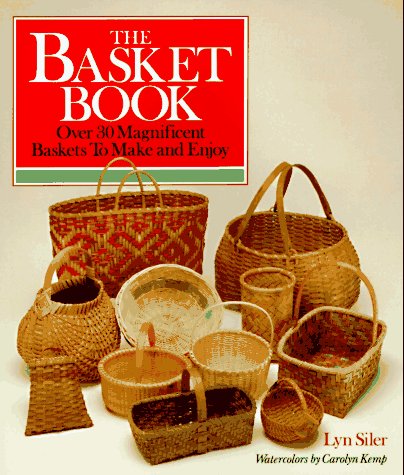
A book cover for The Basket Book: Over 30 Magnificent Baskets To Make and Enjoy; Lyn Siler; Crafts, Hobbies & Home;